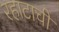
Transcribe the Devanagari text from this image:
रहाटाची